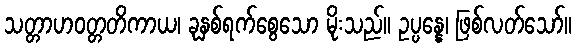
သတ္တာဟဝတ္တတိကာယ၊ ခုနှစ်ရက်စွေသော မိုးသည်။ ဥပ္ပန္နေ၊ ဖြစ်လတ်သော်။